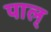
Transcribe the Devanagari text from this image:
पाल्